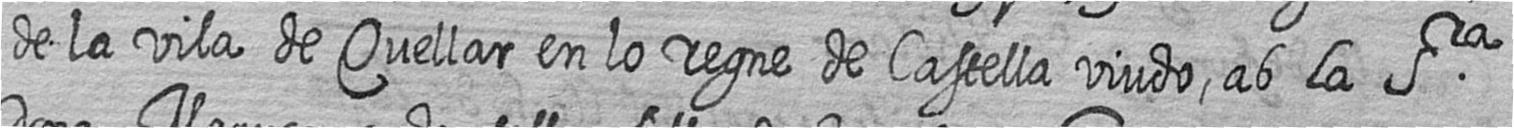
de la vila de Quellar en lo regne de Castella viudo ab la Sra